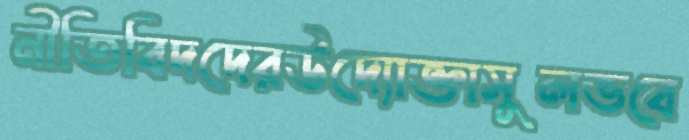
নীতিবিদদেরউদ্যোক্তাসুলভবে